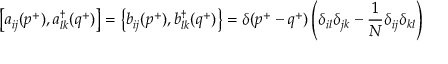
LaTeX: \left[ a _ { i j } ( p ^ { + } ) , a _ { l k } ^ { \dagger } ( q ^ { + } ) \right] = \left\{ b _ { i j } ( p ^ { + } ) , b _ { l k } ^ { \dagger } ( q ^ { + } ) \right\} = \delta ( p ^ { + } - q ^ { + } ) \left( \delta _ { i l } \delta _ { j k } - \frac { 1 } { N } \delta _ { i j } \delta _ { k l } \right)